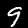
Digit: 9